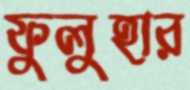
ফুলুহার